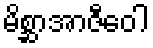
မိစ္ဆာအာဇီဝေါ